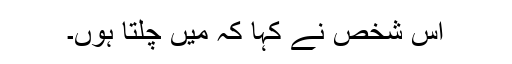
اس شخص نے کہا کہ میں چلتا ہوں۔